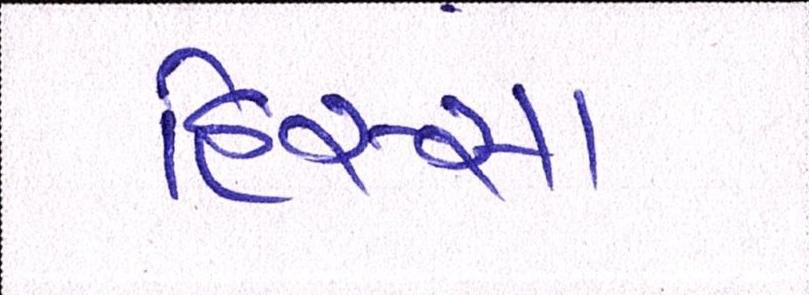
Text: હિસ્સા